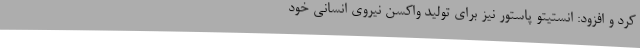
کرد و افزود: انستیتو پاستور نیز برای تولید واکسن نیروی انسانی خود